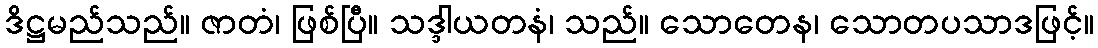
ဒိဋ္ဌမည်သည်။ ဇာတံ၊ ဖြစ်ပြီ။ သဒ္ဒါယတနံ၊ သည်။ သောတေန၊ သောတပသာဒဖြင့်။